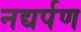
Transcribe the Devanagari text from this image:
नद्यर्पण